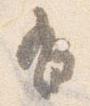
有